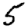
Digit: 5